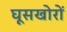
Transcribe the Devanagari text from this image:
घूसखोरों